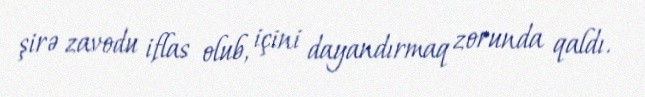
şirə zavodu iflas olub, içini dayandırmaq zorunda qaldı.